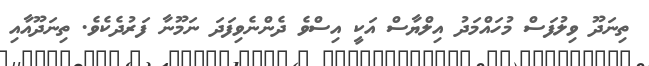
ތިނަދޫ ވިލުފަސް މުހައްމަދު އިލްޔާސް އަކީ އިސްވެ ދެންނެވިފަދަ ނަމޫނާ ފަރުދެކެވެ. ތިނަދޫއާއި